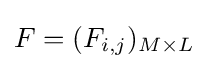
F=(F_{i,j})_{M\times L}